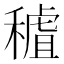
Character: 𥡧